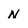
Character: N